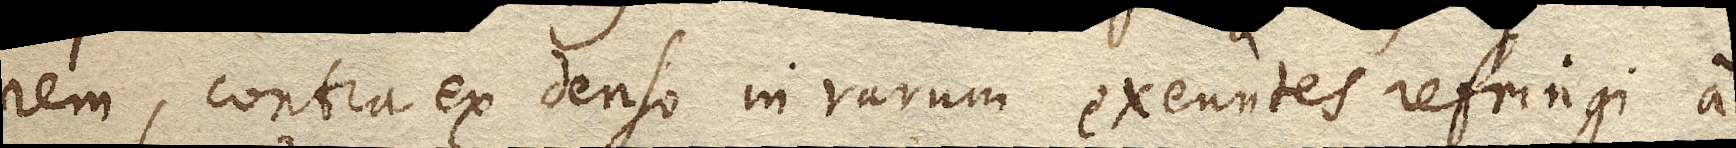
rem, contra ex denso in rarum exeuntes refringi a